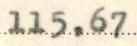
115,67